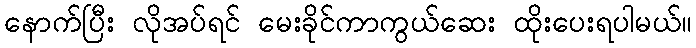
နောက်ပြီး လိုအပ်ရင် မေးခိုင်ကာကွယ်ဆေး ထိုးပေးရပါမယ်။